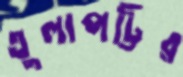
তুলাপট্টির